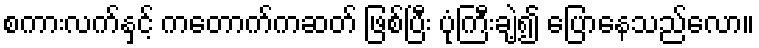
စကားလက်နှင့် ကတောက်ကဆတ် ဖြစ်ပြီး ပုံကြီးချဲ့၍ ပြောနေသည်လော။